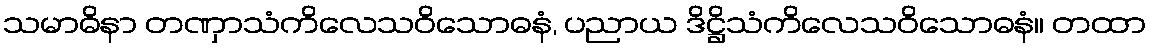
သမာဓိနာ တဏှာသံကိလေသဝိသောဓနံ, ပညာယ ဒိဋ္ဌိသံကိလေသဝိသောဓနံ။ တထာ